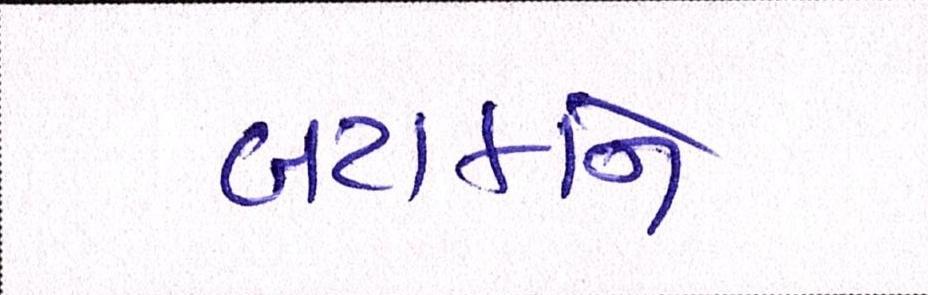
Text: બટાકાને